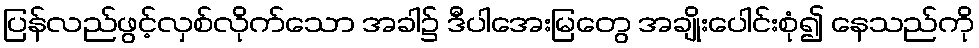
ပြန်လည်ဖွင့်လှစ်လိုက်သော အခါ၌ ဒီပါအေးမြတွေ အချိုးပေါင်းစုံ၍ နေသည်ကို